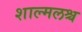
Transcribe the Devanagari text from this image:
शाल्मलश्च